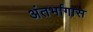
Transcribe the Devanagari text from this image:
अंतर्भागास